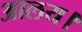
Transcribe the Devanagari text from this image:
आलय।